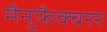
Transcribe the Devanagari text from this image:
मैनुफैक्चरर